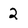
Character: 2